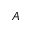
A